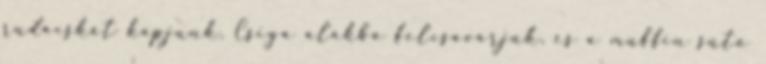
rudacskát kapjunk. Csiga alakba felcsavarjuk, és a muffin sütő